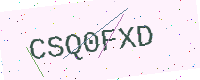
Text: CSQ0FXD